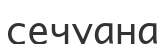
сечуана